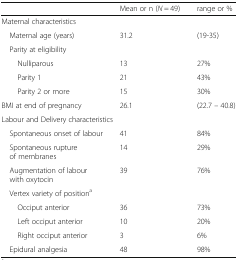
<table><thead><tr><td></td><td><b>Mean or n (<i>N</i> = 49)</b></td><td><b>range or %</b></td></tr></thead><tbody><tr><td colspan="3">Maternal characteristics</td></tr><tr><td> Maternal age (years)</td><td>31.2</td><td>(19-35)</td></tr><tr><td colspan="3"> Parity at eligibility</td></tr><tr><td>Nulliparous</td><td>13</td><td>27%</td></tr><tr><td>Parity 1</td><td>21</td><td>43%</td></tr><tr><td>Parity 2 or more</td><td>15</td><td>30%</td></tr><tr><td>BMI at end of pregnancy</td><td>26.1</td><td>(22.7 – 40.8)</td></tr><tr><td colspan="3">Labour and Delivery characteristics</td></tr><tr><td> Spontaneous onset of labour</td><td>41</td><td>84%</td></tr><tr><td> Spontaneous rupture of membranes</td><td>14</td><td>29%</td></tr><tr><td> Augmentation of labour with oxytocin</td><td>39</td><td>76%</td></tr><tr><td colspan="3"> Vertex variety of position<sup>a</sup></td></tr><tr><td>Occiput anterior</td><td>36</td><td>73%</td></tr><tr><td>Left occiput anterior</td><td>10</td><td>20%</td></tr><tr><td>Right occiput anterior</td><td>3</td><td>6%</td></tr><tr><td> Epidural analgesia</td><td>48</td><td>98%</td></tr></tbody></table>